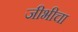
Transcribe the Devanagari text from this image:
जीभीचा